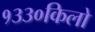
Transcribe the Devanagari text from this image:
१३३०किलो